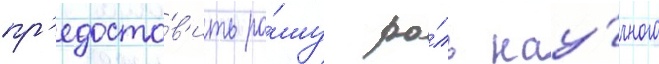
пр'едоста́в'ить ра́шу ро́ль нау́чного